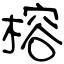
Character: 榕